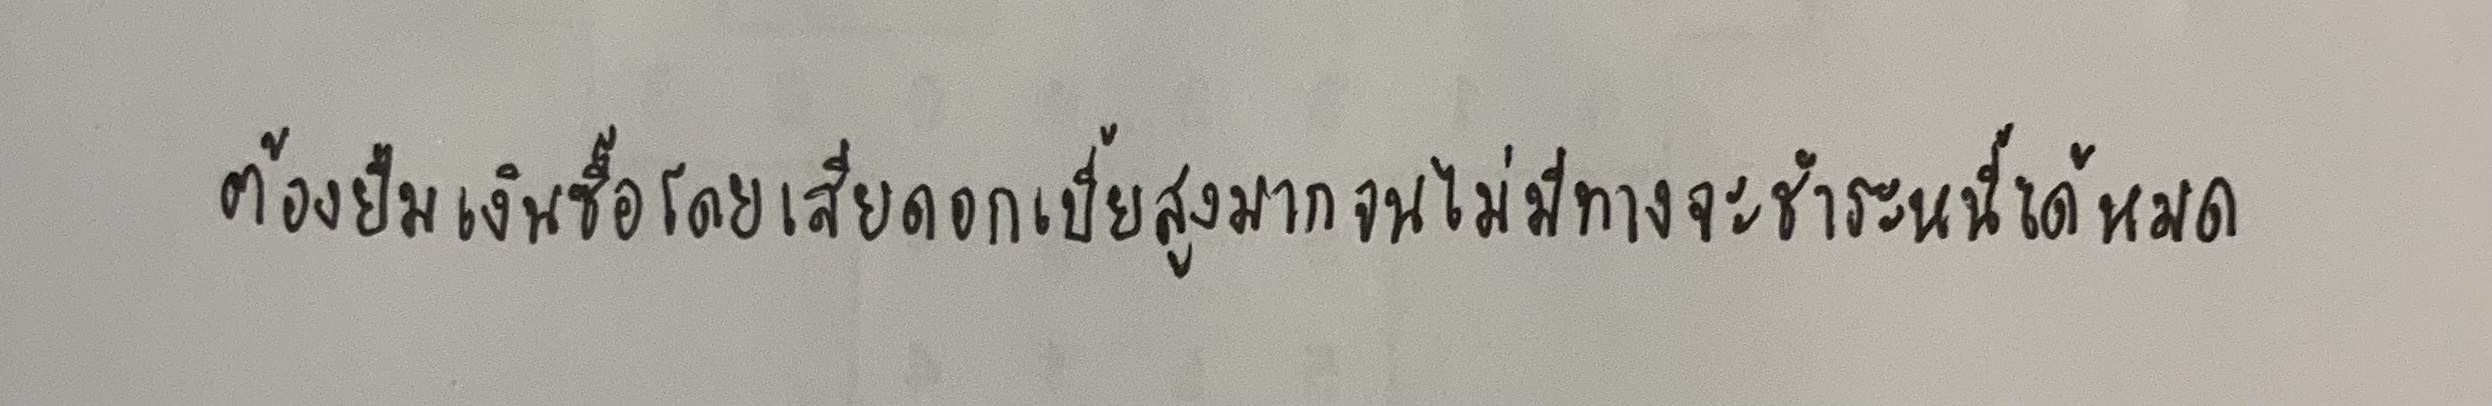
ต้องยืมเงินซื้อโดยเสียดอกเบี้ยสูงมากจนไม่มีทางจะชำระหนี้ได้หมด